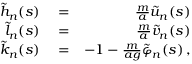
\begin{array} { r l r } { \tilde { h } _ { n } ( s ) } & { { } = } & { \frac { m } { a } \tilde { u } _ { n } ( s ) } \\ { \tilde { l } _ { n } ( s ) } & { { } = } & { \frac { m } { a } \tilde { v } _ { n } ( s ) } \\ { \tilde { k } _ { n } ( s ) } & { { } = } & { - 1 - \frac { m } { a g } \tilde { \varphi } _ { n } ( s ) \, , } \end{array}